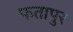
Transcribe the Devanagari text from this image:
फतापुर